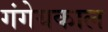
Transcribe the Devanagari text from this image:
गंगेयकाल